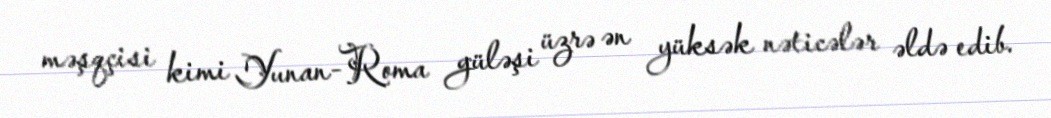
məşqçisi kimi Yunan-Roma güləşi üzrə ən yüksək nəticələr əldə edib.